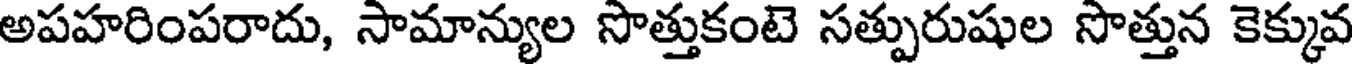
అపహరింపరాదు, సామాన్యుల సొత్తుకంటె సత్పురుషుల సొత్తున కెక్కువ